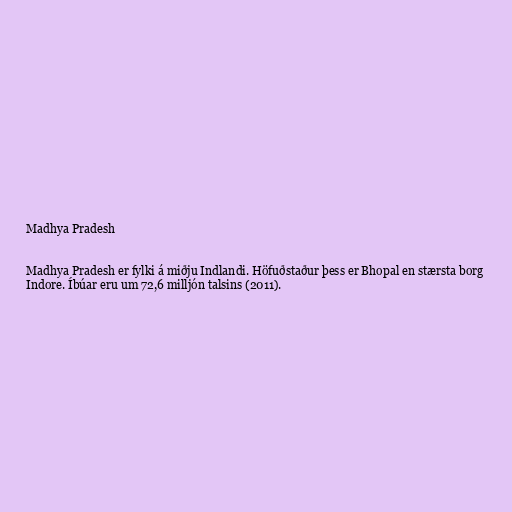
Madhya Pradesh

Madhya Pradesh er fylki á miðju Indlandi. Höfuðstaður þess er Bhopal en stærsta borg
Indore. Íbúar eru um 72,6 milljón talsins (2011).